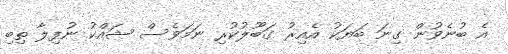
އެ ބުނެވުން ގިނަ ބަޔަކު އެއިރު ގަބޫލުކުރި ނަމަވެސް ޝައްކު ނުފިލާ ތިބި